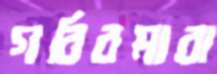
গরিবমারা